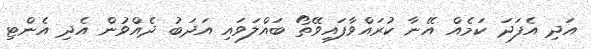
އަދި އެފަދަ ކަމެއް އޭނާ ކުރައްވާފައިވޭތޯ ބައްލަވައި އަދަބު ދެއްވުން އެދި އެންޓި